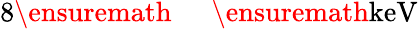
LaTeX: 8\ensuremath{\mathrm{~\textrm~{~\, ~}~}}\ensuremath{\mathrm{keV}}